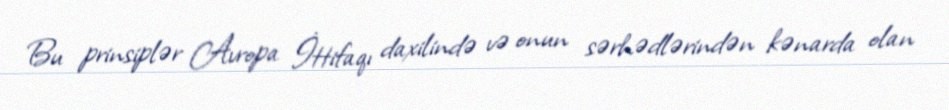
Bu prinsiplər Avropa İttifaqı daxilində və onun sərhədlərindən kənarda olan